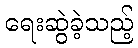
ရေးဆွဲခဲ့သည့်